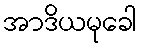
အာဒိယမုခေါ